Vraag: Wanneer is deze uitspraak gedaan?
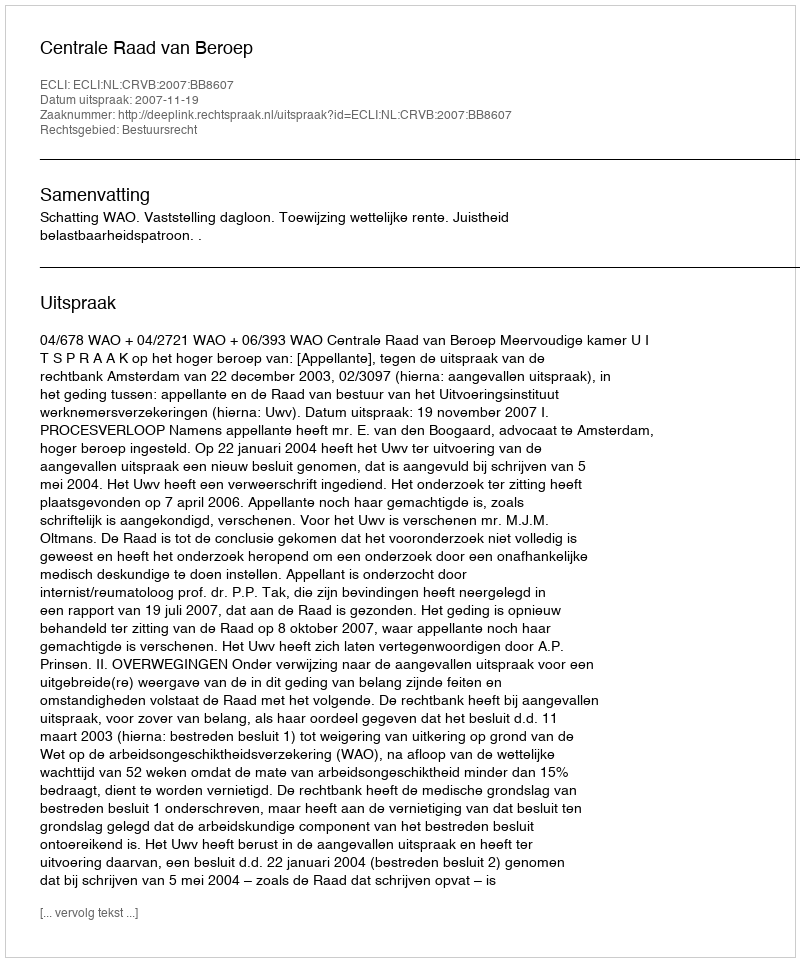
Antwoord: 2007-11-19